Scientific memoirs by medical officers of the Army of India - Part III,
Year: 1887
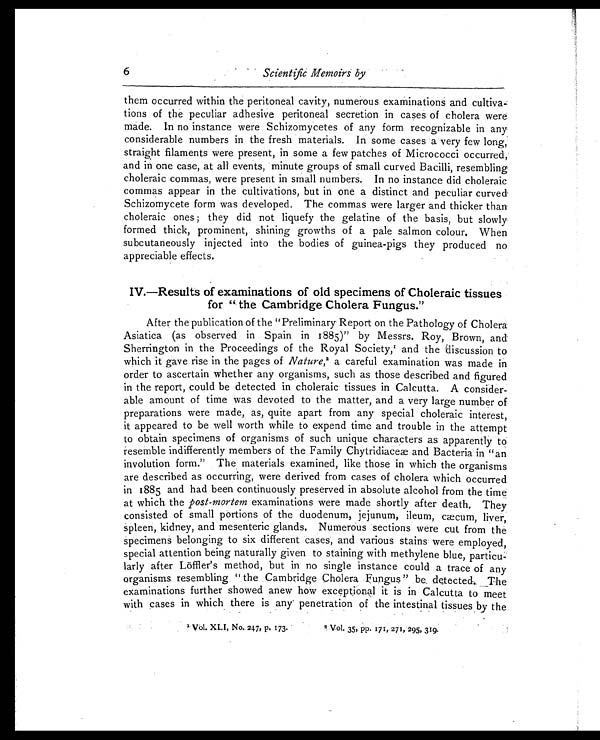
6
Scientific Memoirs by
them occurred within the peritoneal cavity, numerous examinations and cultiva-
tions of the peculiar adhesive peritoneal secretion in cases of cholera were
made. In no instance were Schizomycetes of any form recognizable in any
considerable numbers in the fresh materials. In some cases a very few long,
straight filaments were present, in some a few patches of Micrococci occurred,
and in one case, at all events, minute groups of small curved Bacilli, resembling
choleraic commas, were present in small numbers. In no instance did choleraic
commas appear in the cultivations, but in one a distinct and peculiar curved
Schizomycete form was developed. The commas were larger and thicker than
choleraic ones; they did not liquefy the gelatine of the basis, but slowly
formed thick, prominent, shining growths of a pale salmon colour. When
subcutaneously injected into the bodies of guinea-pigs they produced no
appreciable effects.
IV.—Results of examinations of old specimens of Choleraic tissues
for " the Cambridge Cholera Fungus."
After the publication of the "Preliminary Report on the Pathology of Cholera
Asiatica (as observed in Spain in 1885)" by Messrs. Roy, Brown, and
Sherrington in the Proceedings of the Royal Society, 1 a n d t h e d i s c u s s i o n t o
which it gave rise in the pages of Nature,2 a c a r e f u l e x a m i n a t i o n w a s m a d e i n
order to ascertain whether any organisms, such as those described and figured
in the report, could be detected in choleraic tissues in Calcutta. A consider-
able amount of time was devoted to the matter, and a very large number of
preparations were made, as, quite apart from any special choleraic interest,
it appeared to be well worth while to expend time and trouble in the attempt
to obtain specimens of organisms of such unique characters as apparently to
resemble indifferently members of the Family Chytridiaceae and Bacteria in "an
involution form." The materials examined, like those in which the organisms
are described as occurring, were derived from cases of cholera which occurred
in 1885 and had been continuously preserved in absolute alcohol from the time
at which the post-mortem examinations were made shortly after death. They
consisted of small portions of the duodenum, jejunum, ileum, cæcum, liver,
spleen, kidney, and mesenteric glands. Numerous sections were cut from the
specimens belonging to six different cases, and various stains were employed,
special attention being naturally given to staining with methylene blue, particu
larly after Löffler's method, but in no single instance could a trace of any
organisms resembling "the Cambridge Cholera Fungus" be detected. The
examinations further showed anew how exceptional it is in Calcutta to meet
with cases in which there is any penetration of the intestinal tissues by the
1 Vol . XLI , No. 247, p .1 73. 2Vol . 35, pp. 171, 271, 295, 319.